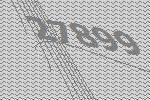
27899